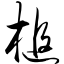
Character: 槌